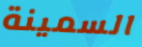
السمينة